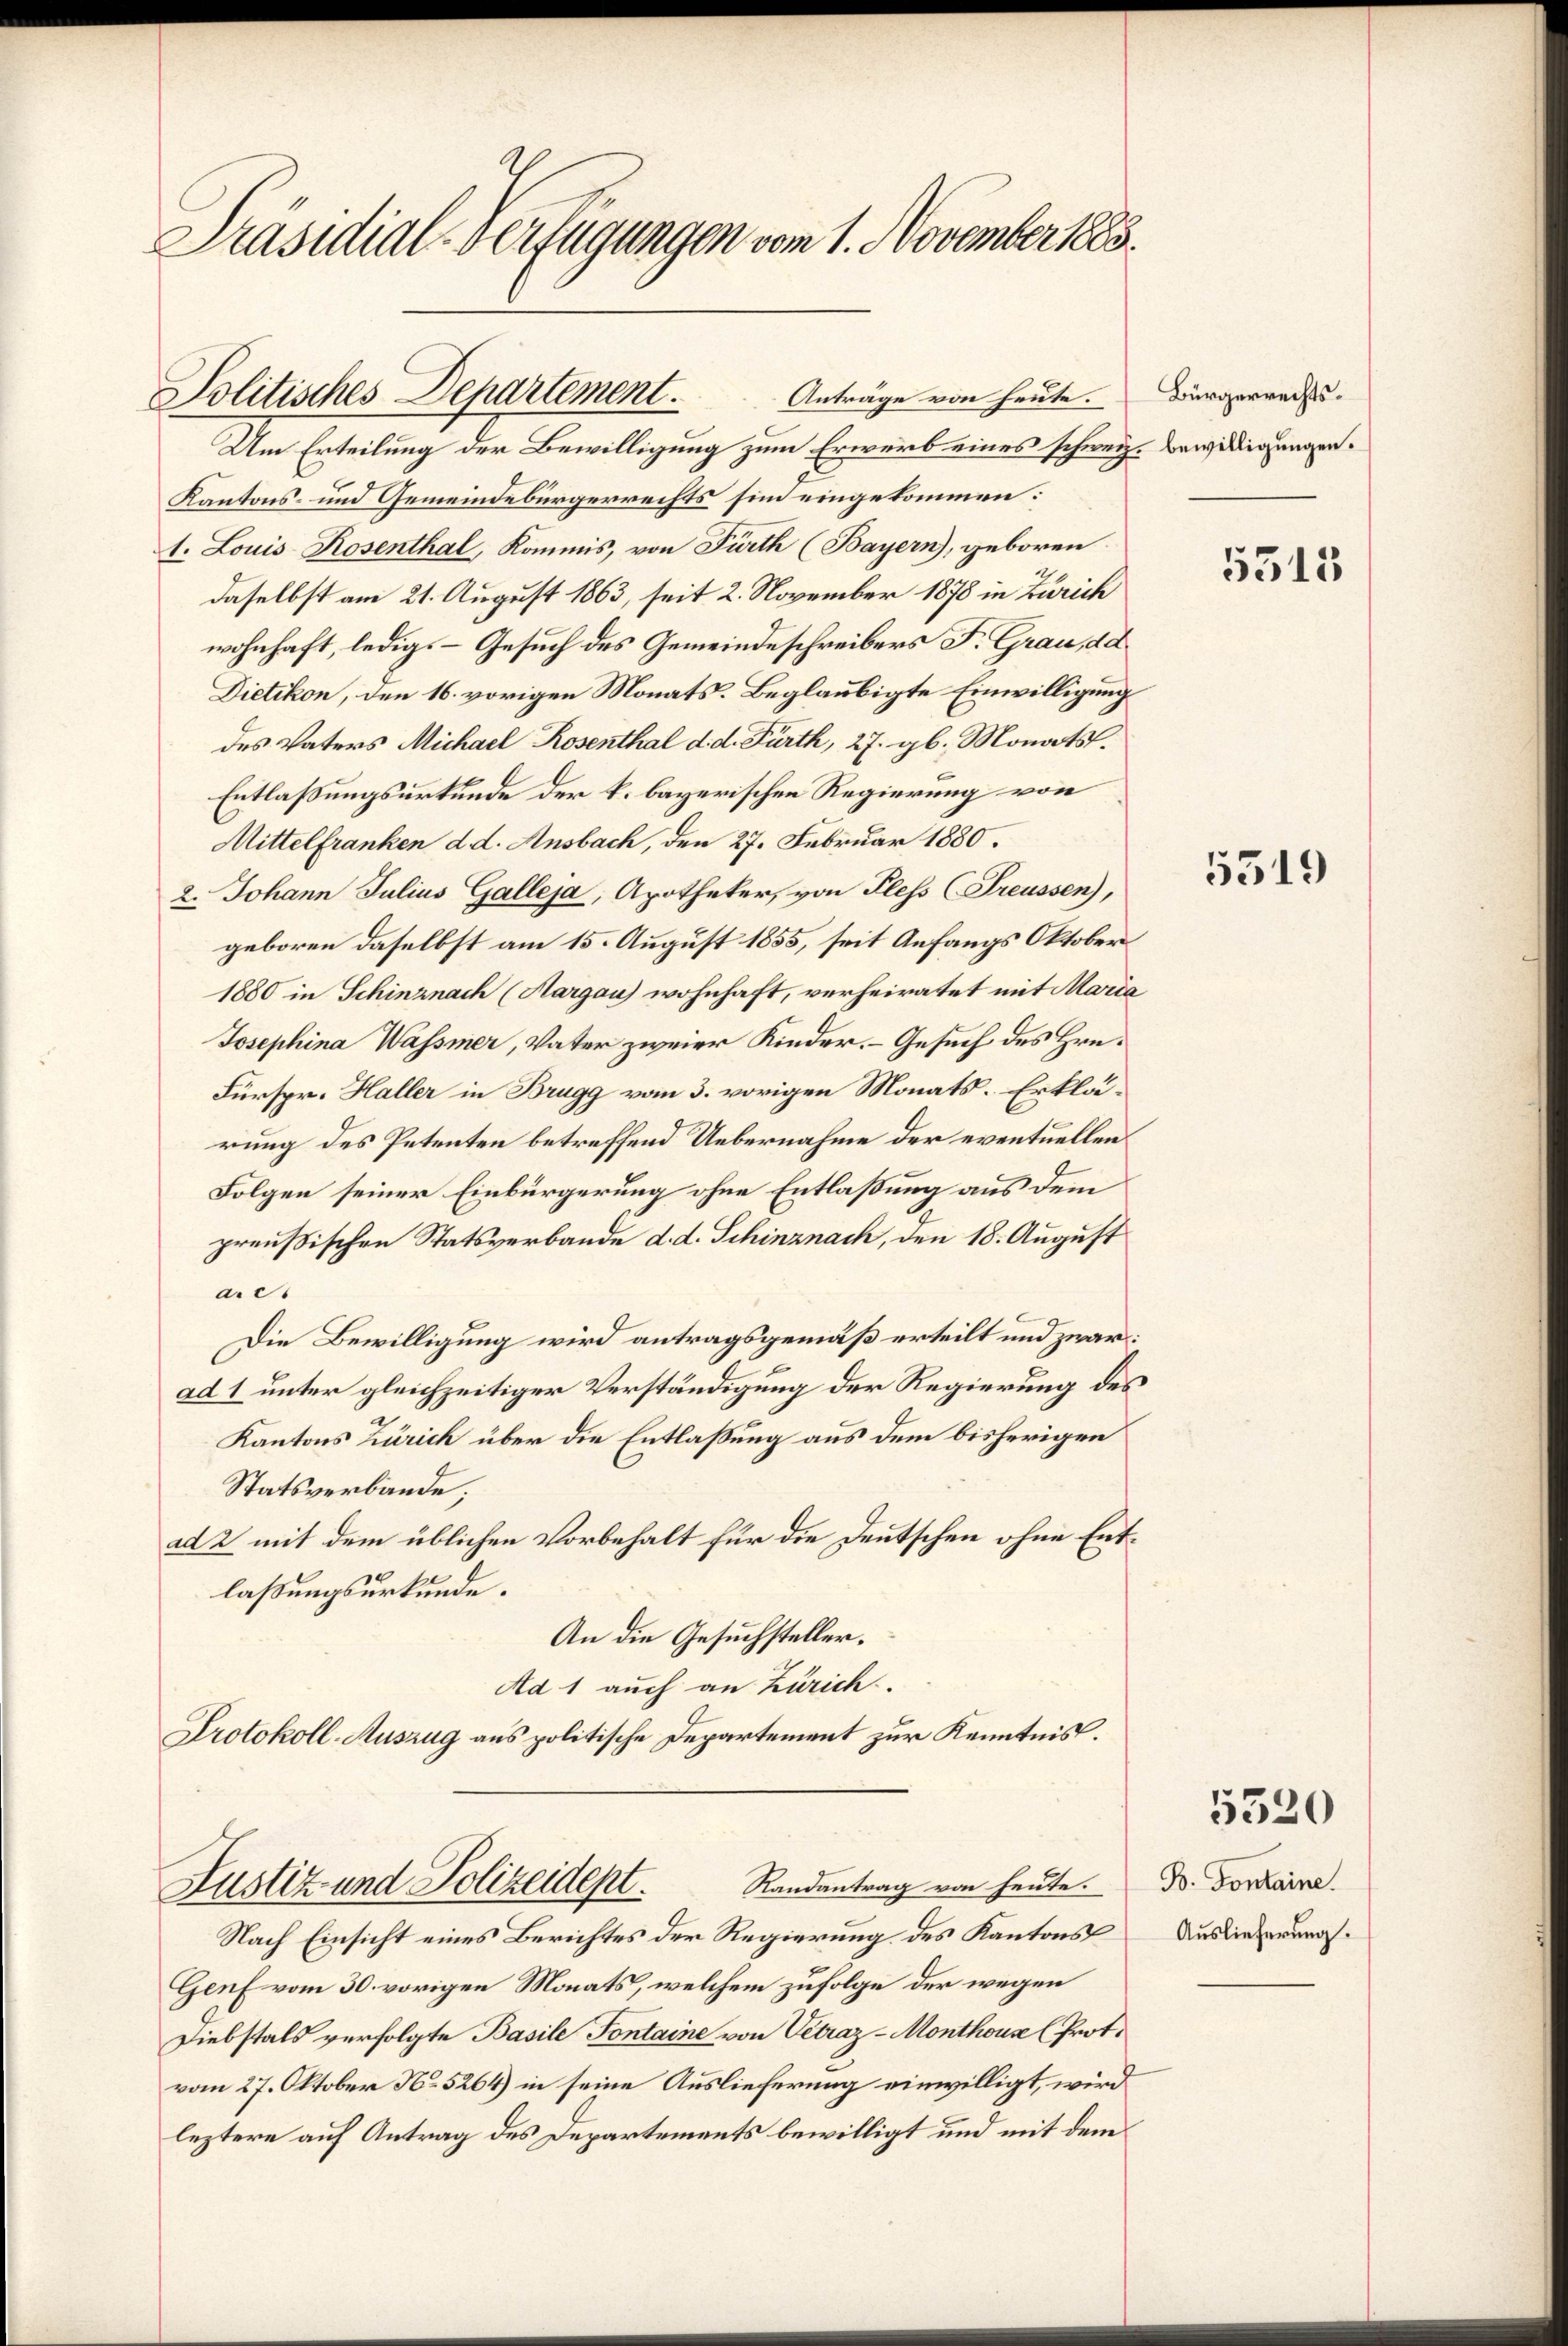
Präsidial-Verfügungen vom 1. November 1883.

Um Erteilung der Bewilligung zum Erwerb eines schweiz. Bewilligungen.
Kantons- und Gemeindebürgerrechts sie eingekommen:
1. Louis-Rosenthal, Kommis, von Fürth (Bayern), geboren
daselbst am 21. August 1863, seit 2. November 1878 in Zürich
wohnhaft, ledigs-Gesuch des Gemeindeschreibers F. Grau, da
Dietikon, den 16. vorigen Monats-Beglaubigte Einwilligungs
des Vaters Michael Rosenthal d. d. Fürth, 27. gl. Monats.
Entlaßungsurkunde der k. bayerischen Regierung von
Mittelfranken d. d. Ansbach, den 27. Februar 1880.
2. Johann Julius Galleja, Apotheker, von Pless (Freussen),
geboren daselbst am 15. August 1855, seit Anfangs Oktober
1880 in Schinznach (Aargau) wohnhaft, verheiratet mit Maria
Josephina Wassmer, Vater zweier Kinder. Gesuch des Hrn.
Fürspr. Haller in Brugg vom 3. vorigen Monats. Erklärung des Petenten betreffend Uebernahme der eventuellen
Folgen seiner Einbürgerung ohne Entlaßung aus dem
preußischen Statsverbande d. d. Schinznach, den 18. August
ac.
Die Bewilligung wird antragsgemäß erteilt und zwar:
ad 1 unter gleichzeitiger Verständigung der Regierung des
Kantons Zürich über die Entlaßung aus dem bisherigen
Statsverbände;
ad 2 mit dem üblichen Vorbehalt für die Deutschen ohne Entlaßungsurkunde.
An die Gesuchsteller.
Ad 1 auch an Zürich
Protokoll-Auszug aus politische Departement zur Kenntnis.

Politisches Departement.           Anträge von heute.

Justiz und Polizeidept. Randantrag von heute. D. Voraire.

Nach Einsicht eines Berichtes der Regierung des Kantons
Genf vom 30. vorigen Monats, welchem zufolge der wegen
Diebstals verfolgte Basile Fontaine von Vetraz-Monthouse (Prot.
vom 27. Oktober No. 5264) in seine Auslieferung einwilligt, wird
leztere auf Antrag des Departements bewilligt und mit dem

Bürgerrechts¬

5315

5519

5520

Auslieferung.